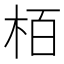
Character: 栢